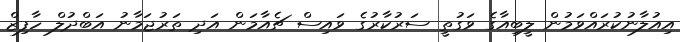
އިއުލާނުކުރައްވަމުން ލީބިއާގެ ވަގުތީ ސަރުކާރުގެ ވައިސް ޗެއާމަން އަދި ތަރުޖަމާނު އަބްދުލް ހާފިޒް